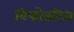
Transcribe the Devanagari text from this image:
विफोतटित